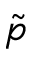
\tilde { p }